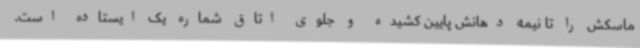
ماسکش را تا نیمه دهانش پایین کشیده و جلوی اتاق شماره یک ایستاده است.